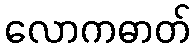
လောကဓာတ်